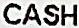
CASH